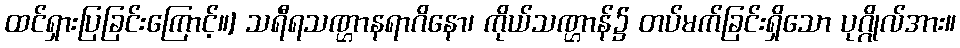
ထင်ရှားပြခြင်းကြောင့်။] သရီရသဏ္ဌာနရာဂိနော၊ ကိုယ်သဏ္ဌာန်၌ တပ်မက်ခြင်းရှိသော ပုဂ္ဂိုလ်အား။